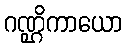
ဂဏ္ဌိကာယော